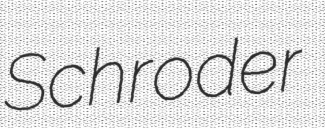
Schroder